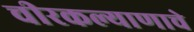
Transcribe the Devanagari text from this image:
चीरकल्याणाचे